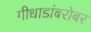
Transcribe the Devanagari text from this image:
गीधाडांबरोबर